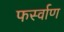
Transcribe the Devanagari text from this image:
फर्स्वाण